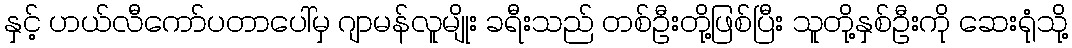
နှင့် ဟယ်လီကော်ပတာပေါ်မှ ဂျာမန်လူမျိုး ခရီးသည် တစ်ဦးတို့ဖြစ်ပြီး သူတို့နှစ်ဦးကို ဆေးရုံသို့